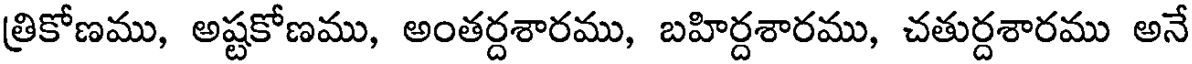
త్రికోణము, అష్టకోణము, అంతర్దశారము, బహిర్దశారము, చతుర్దశారము అనే